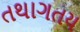
તથાગતય